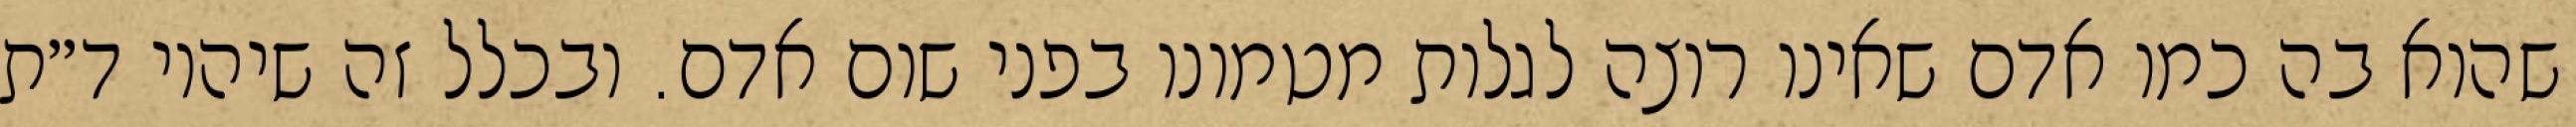
שהוא בה כמו אדם שאינו רוצה לגלות מטמונו בפני שום אדם. ובכלל זה שיהיו ד״ת